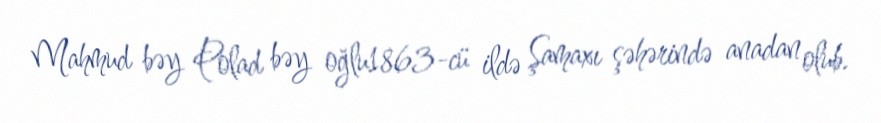
Mahmud bəy Polad bəy oğlu1863-cü ildə Şamaxı şəhərində anadan olub.